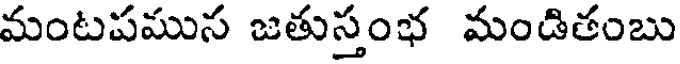
మంటపముస జతుస్తంభ మండితంబు